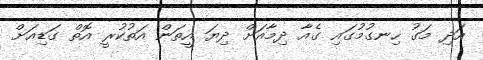
އަދި މަގު ހިނގުމުގައި ގެއާ ދިމާއަށް ދިޔަ އީތަން އަތުކުރީ އޮތް ގަޑިއަށް